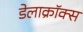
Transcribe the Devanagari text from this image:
डेलाक्रॉक्स